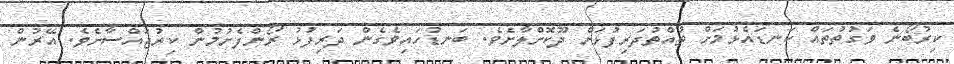
ކިރުބޯނެ ވަގުތުތައް ކަނޑައެޅުމަށް ތުއްތުދަރިފުޅަށް ދޫކޮށްލާށެވެ. ބަނޑުހައިވެގެން ދަރިފުޅު ރޯންފެށުމުން ކިރުޖައްސާށެވެ. އޭރުން